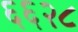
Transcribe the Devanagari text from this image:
६६२८